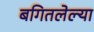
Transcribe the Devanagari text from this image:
बगितलेल्या